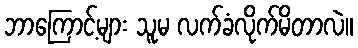
ဘာကြောင့်များ သူမ လက်ခံလိုက်မိတာလဲ။